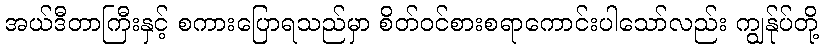
အယ်ဒီတာကြီးနှင့် စကားပြောရသည်မှာ စိတ်ဝင်စားစရာကောင်းပါသော်လည်း ကျွန်ုပ်တို့